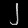
Digit: ၂